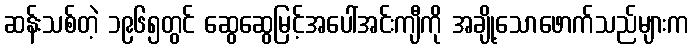
ဆန်းသစ်တဲ့ ၁၉၆၅တွင် ဆွေဆွေမြင့်အပေါ်အင်းကျီကို အချို့သောဖောက်သည်များက